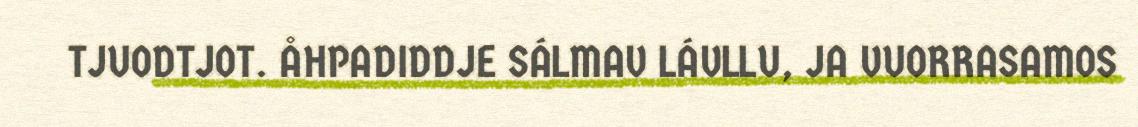
TJUODTJOT. ÅHPADIDDJE SÁLMAV LÁVLLU, JA VUORRASAMOS